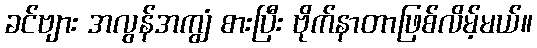
ခင်ဗျား အလွန်အကျွံ စားပြီး ဗိုက်နာတာဖြစ်လိမ့်မယ်။